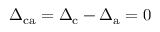
\Delta _ { \mathrm { c a } } = \Delta _ { \mathrm { c } } - \Delta _ { \mathrm { a } } = 0